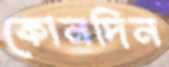
কোনদিন